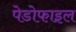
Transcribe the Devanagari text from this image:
पेडोफाइल